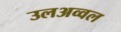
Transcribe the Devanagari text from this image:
उलअव्वल